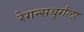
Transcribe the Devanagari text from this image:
रेगन्सबुर्गला